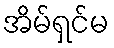
အိမ်ရှင်မ